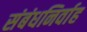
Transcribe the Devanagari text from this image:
संबंधनिर्वाह